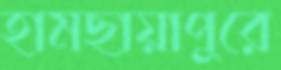
হামছায়াপুরে